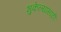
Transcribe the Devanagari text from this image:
भुकेल्यांसाठी